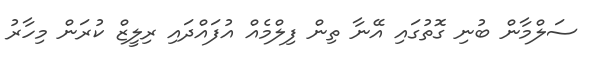
ސަލްމާން ބުނި ގޮތުގައި އޭނާ ތިން ފިލްމެއް އުފައްދައި ރިލީޒް ކުރަން މިހާރު